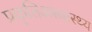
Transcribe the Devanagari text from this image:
प्रकृतिअस्वास्थ्य